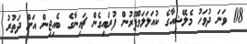
08 ވަނަ ދުވަހު މެލޭޝިއާގެ ކުއަލަލަމްޕޫރުން ފުރައިގެން ޗައިނާގެ ބެއިޖިން އަށް ދަތުރު